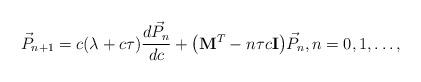
LaTeX: \begin{align*}\vec{P}_{n+1}=c ( \lambda+c\tau ) \frac{d \vec{P}_{n}}{dc}+\big( \mathbf{M}^{T}-n\tau c\mathbf{I}\big) \vec{P}_{n},n=0,1,\ldots,\end{align*}